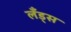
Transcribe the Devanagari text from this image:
लँड्स